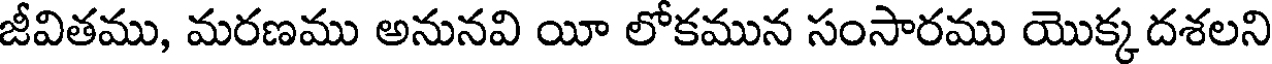
జీవితము, మరణము అనునవి యీ లోకమున సంసారము యొక్క దశలని